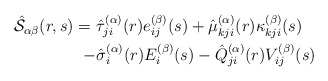
\begin{align*}\begin{aligned}\hat{\mathcal{S}}_{\alpha\beta}(r,s)=\ & \hat{\tau}_{ji}^{(\alpha)}(r)e_{ij}^{(\beta)}(s)+\hat{\mu}_{kji}^{(\alpha)}(r)\kappa_{kji}^{(\beta)}(s)\\- & \hat{\sigma}_{i}^{(\alpha)}(r)E_{i}^{(\beta)}(s)-\hat{Q}_{ji}^{(\alpha)}(r)V_{ij}^{(\beta)}(s)\end{aligned}\end{align*}